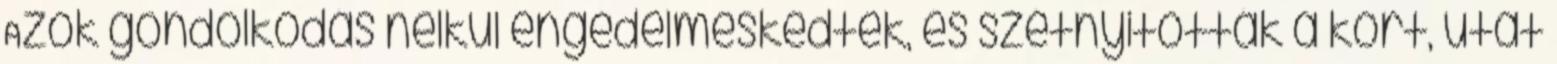
Azok gondolkodás nélkül engedelmeskedtek, és szétnyitották a kört, utat